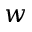
w